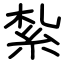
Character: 紮